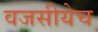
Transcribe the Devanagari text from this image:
वजसीयेच